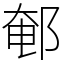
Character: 䣍